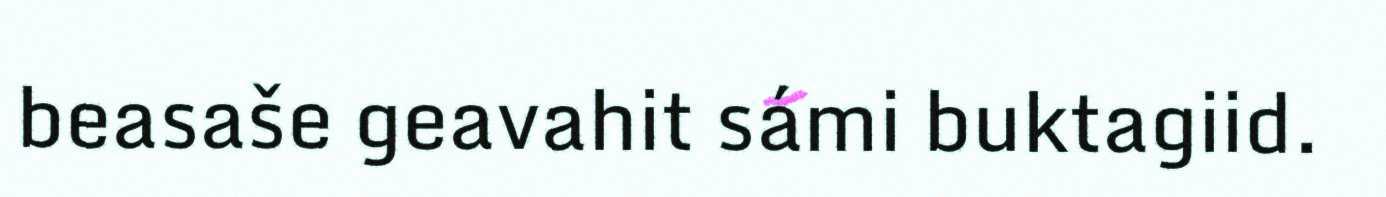
beasaše geavahit sámi buktagiid.